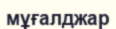
мұғалджар